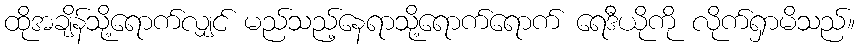
ထိုအချိန်သို့ရောက်လျှင် မည်သည့်နေရာသို့ရောက်ရောက် ရေဒီယိုကို လိုက်ရှာမိသည်။